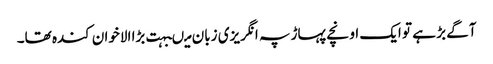
آگے بڑ ہے تو ایک اونچے پہاڑ پہ انگریزی زبان میںبہت بڑا الاخوان کندہ تھا۔